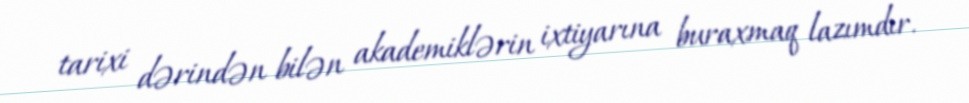
tarixi dərindən bilən akademiklərin ixtiyarına buraxmaq lazımdır.